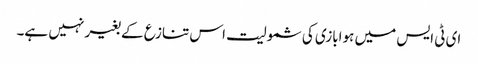
ای ٹی ایس میں ہوابازی کی شمولیت اس تنازع کے بغیر نہیں ہے۔